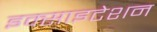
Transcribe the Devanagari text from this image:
इक्साइटेशन